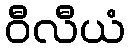
ဝီလီယံ